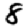
Digit: 8